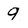
Character: 9